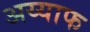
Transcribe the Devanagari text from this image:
अय्याफ